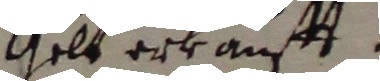
selt erkaufft.